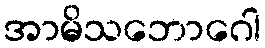
အာမိသဘောဂေါ